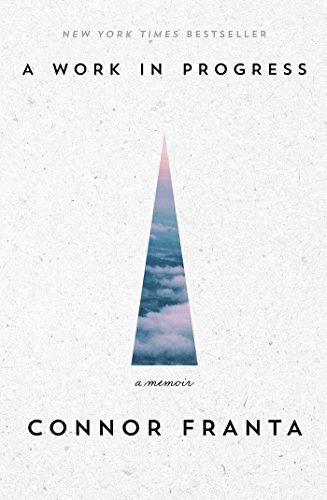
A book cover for A Work in Progress: A Memoir; Connor Franta; Humor & Entertainment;